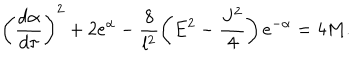
\left( \frac { d \alpha } { d \tau } \right) ^ { 2 } + 2 e ^ { \alpha } - \frac { 8 } { l ^ { 2 } } \left( E ^ { 2 } - \frac { J ^ { 2 } } { 4 } \right) e ^ { - \alpha } = 4 M .